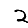
Digit: 2